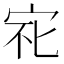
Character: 𱚆